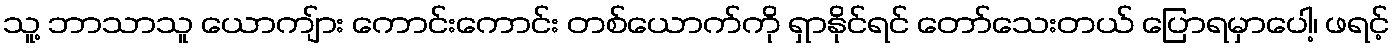
သူ့ ဘာသာသူ ယောကျ်ား ကောင်းကောင်း တစ်ယောက်ကို ရှာနိုင်ရင် တော်သေးတယ် ပြောရမှာပေါ့၊ ဖရင့်